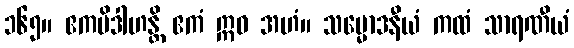
၁၆၅။ ဧကမိဒါဟန္တိ ဧကံ ဣဓ အဟံ။ သမ္မောဒနီယံ ကထံ သာရဏီယံ